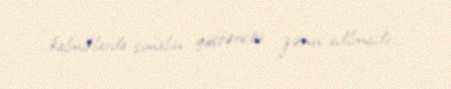
kalmıklarda şimalın göstəricisi zənn edilmişdir.